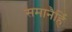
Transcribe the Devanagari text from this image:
समानैर्हि